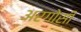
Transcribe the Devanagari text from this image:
अरगोसी